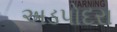
અડપોદરા